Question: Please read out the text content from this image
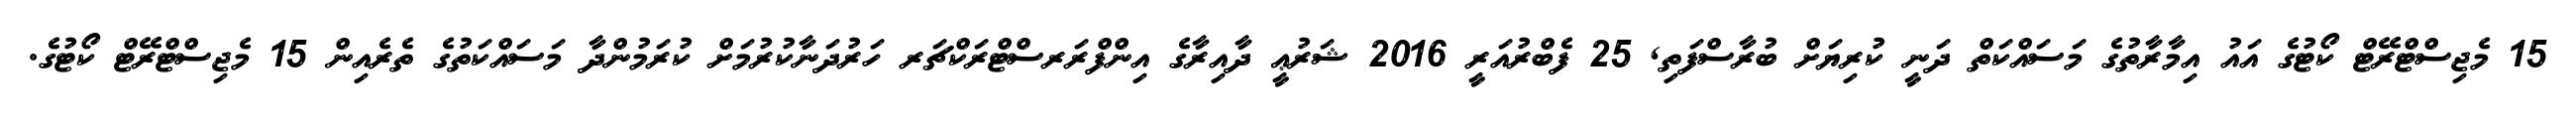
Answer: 15 މެޖިސްޓްރޭޓް ކޯޓުގެ އައު އިމާރާތުގެ މަސައްކަތް ދަނީ ކުރިޔަށް ބުރާސްފަތި, 25 ފެބްރުއަރީ 2016 ޝަރުޢީ ދާއިރާގެ އިންފްރަރސްޓްރަކްޗަރ ހަރުދަނާކުރުމަށް ކުރަމުންދާ މަސައްކަތުގެ ތެރެއިން 15 މެޖިސްޓްރޭޓް ކޯޓުގެ.